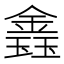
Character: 𨫎